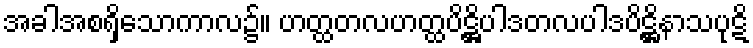
အခါအစရှိသောကာလ၌။ ဟတ္ထတလဟတ္ထပိဋ္ဌိပါဒတလပါဒပိဋ္ဌိနာသပုဋိ